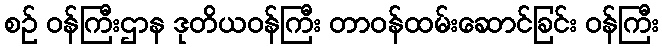
စဉ် ဝန်ကြီးဌာန ဒုတိယဝန်ကြီး တာဝန်ထမ်းဆောင်ခြင်း ဝန်ကြီး